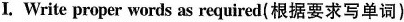
I. Write proper words as required(根据要求写单词)